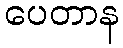
ပေတာန